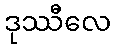
ဒုဿီလေ